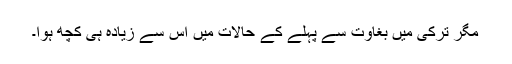
مگر ترکی میں بغاوت سے پہلے کے حالات میں اس سے زیادہ ہی کچھ ہوا۔